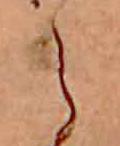
ら